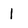
Character: 1